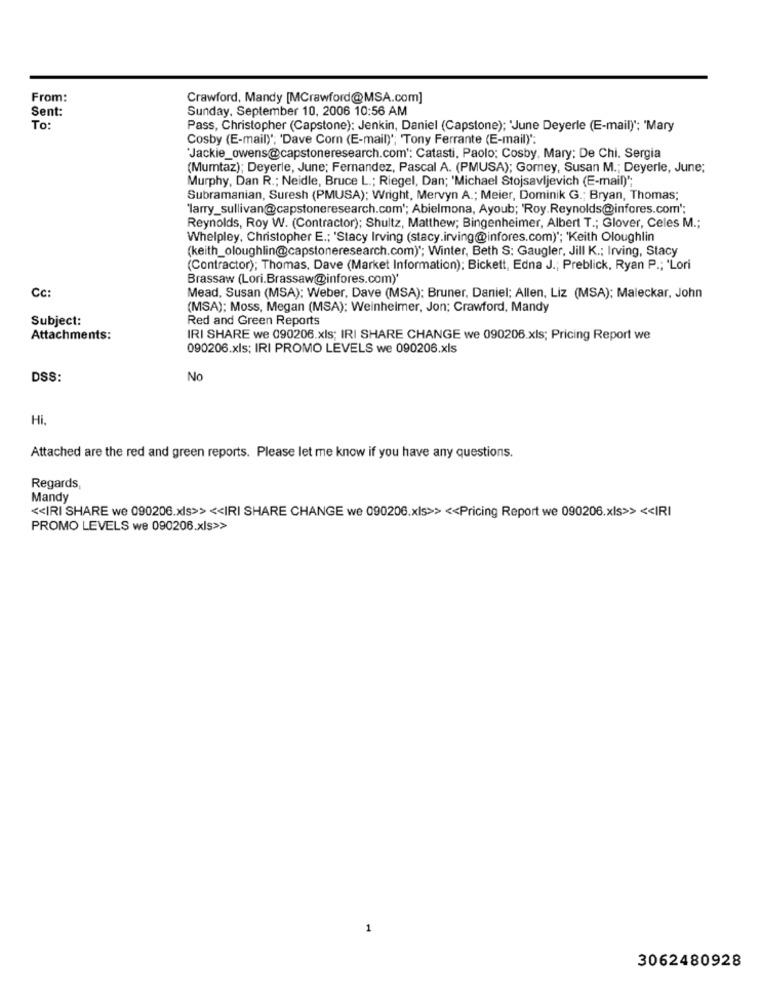
From:
Crawford, Mandy [MCrawford@MSA.com]
Sent:
Sunday, September 10, 2006 10:56 AM
To:
Pass, Christopher (Capstone): Jenkin, Daniel (Capstone); 'June Deyerle (E-mail)": 'Mary
Cosby (E-mail)"; 'Dave Corn (E-mail)'; 'Tony Ferrante (E-mail)":
"Jackie_owens@capstoneresearch.com': Catasti, Paolo; Cosby, Mary: De Chi. Sergia
(Mumtaz); Deyerle, June; Fernandez, Pascal A. (PMUSA); Gorey, Susan M .; Deyerle, June;
Murphy, Dan R .; Neidle, Bruce L .; Riegel, Dan; 'Michael Stojsavljevich (E-mail)";
Subramanian, Suresh (PMUSA); Wright, Mervyn A .; Meier, Dominik G .; Bryan, Thomas;
'larry_sullivan@capstoneresearch.com'; Abielmona, Ayoub; 'Roy.Reynolds@infores.com";
Reynolds, Roy W. (Contractor); Shultz, Matthew; Bingenheimer, Albert T .; Glover, Celes M .;
Whelpley, Christopher E .; 'Stacy Irving (stacy.irving@infores.com) *; 'Keith Oloughlin
(keith_oloughlin@capstoneresearch.com) *; Winter, Beth S: Gaugler, Jill K .; Irving, Stacy
(Contractor); Thomas, Dave (Market Information); Bickett, Edna J .; Preblick, Ryan P .; 'Lori
Brassaw (Lori.Brassaw@infores.com)*
Cc:
Mead, Susan (MSA): Weber, Dave (MSA): Bruner, Daniel; Allen, Liz (MSA); Maleckar, John
(MSA); Moss, Megan (MSA): Weinheimer, Jon; Crawford, Mandy
Subject:
Red and Green Reports
Attachments:
IRI SHARE we 090206.xls; IRI SHARE CHANGE we 090206.xls; Pricing Report we
090206.xls; IRI PROMO LEVELS we 090206.xls
DSS:
No
Hi,
Attached are the red and green reports. Please let me know if you have any questions.
Regards,
Mandy
<< IRI SHARE we 090206.xls>> << IRI SHARE CHANGE we 090206.xls>> << Pricing Report we 090206.xls>> << IRI
PROMO LEVELS we 090206.xls>>
1
3062480928